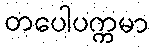
တပေါပက္ကမာ